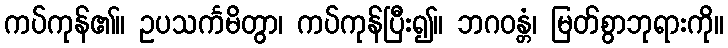
ကပ်ကုန်၏။ ဥပသင်္ကမိတွာ၊ ကပ်ကုန်ပြီး၍။ ဘဂဝန္တံ၊ မြတ်စွာဘုရားကို။